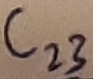
Text: C23